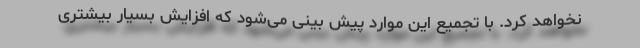
نخواهد کرد. با تجمیع این موارد پیش بینی می‌شود که افزایش بسیار بیشتری